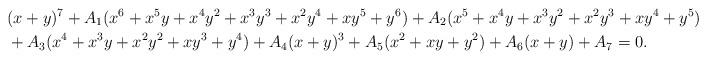
LaTeX: \begin{align*}& (x+y)^7+A_1(x^6+x^5y+x^4y^2+x^3y^3+x^2y^4+xy^5+y^6)+A_2(x^5+x^4y+x^3y^2+x^2y^3+xy^4+y^5)\\&+A_3(x^4+x^3y+x^2y^2+xy^3+y^4) +A_4(x+y)^3+A_5(x^2+xy+y^2)+A_6(x+y)+A_7=0.\end{align*}